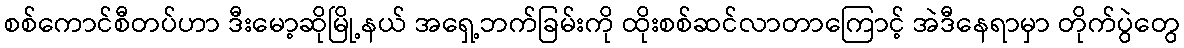
စစ်ကောင်စီတပ်ဟာ ဒီးမော့ဆိုမြို့နယ် အရှေ့ဘက်ခြမ်းကို ထိုးစစ်ဆင်လာတာကြောင့် အဲဒီနေရာမှာ တိုက်ပွဲတွေ